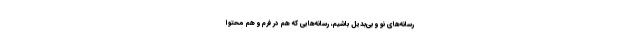
رسانه‌های نو و بی‌بدیل باشیم، رسانه‌هایی که هم در فرم و‌ هم محتوا